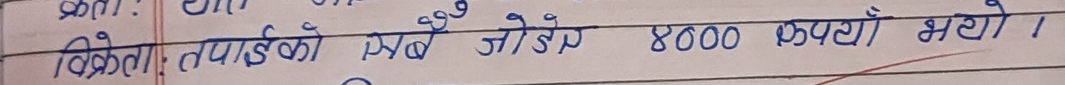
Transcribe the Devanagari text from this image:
विक्रेताः तपाइँको सबै जोडीर 8000 रूपैयाँ भयो ।